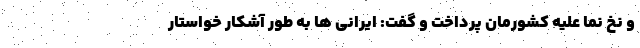
و نخ نما علیه کشورمان پرداخت و گفت: ایرانی ها به طور آشکار خواستار